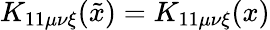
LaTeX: K_{11\mu\nu\xi}(\tilde{x})=K_{11\mu\nu\xi}(x)